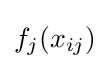
f_{j}(x_{ij})